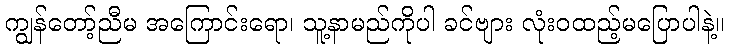
ကျွန်တော့်ညီမ အကြောင်းရော၊ သူ့နာမည်ကိုပါ ခင်ဗျား လုံးဝထည့်မပြောပါနဲ့။